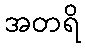
အတရိ